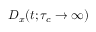
D _ { x } ( t ; \tau _ { c } \to \infty )